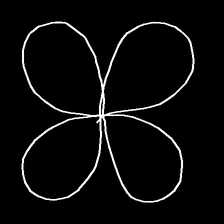
Glyph: billowing